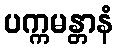
ပက္ကမန္တာနံ